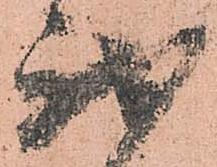
我